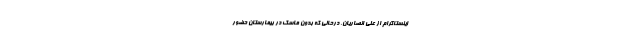
اینستاگرام از علی انصاریان، درحالی که بدون ماسک در بیمارستان حضور